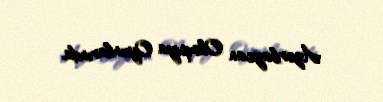
Azərbaycan Olimpiya Oyunlarında.